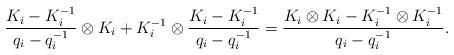
LaTeX: \begin{align*} \frac{K_i-K_i^{-1}}{q_i-q_i^{-1}}\otimes K_i + K_i^{-1} \otimes \frac{K_i-K_i^{-1}}{q_i-q_i^{-1}} = \frac{K_i\otimes K_i - K_i^{-1}\otimes K_i^{-1}}{q_i-q_i^{-1}}.\end{align*}